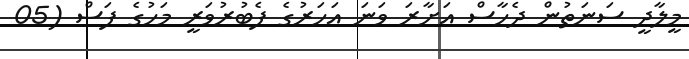
މީލާދީ ސަނަތުން ދެހާސް އަށާރަ ވަނަ އަހަރުގެ ފެބުރުވަރީ މަހުގެ ފަސް (05